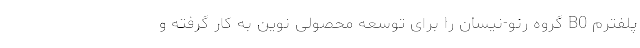
پلفترم B0 گروه رنو-نیسان را برای توسعه محصولی نوین به کار گرفته و